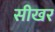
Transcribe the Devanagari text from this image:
सीखर